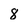
Character: 8